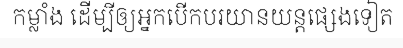
កម្លាំង ដើម្បីឲ្យអ្នកបើកបរយានយន្តផ្សេងទៀត